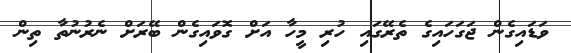
ވަޑައިގެން ޖަގަހައިގެ ތެރޭގައި ހުރި މީހާ އަށް ގޮވައިގެން ބޭރަށް ނެރުނުތާ ތިން